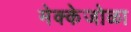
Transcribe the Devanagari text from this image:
मेक्केजोळा